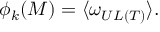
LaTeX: \phi _ { k } ( { \cal M } ) = \langle \omega _ { { \cal U L } ( T ) } \rangle \mathrm { . }